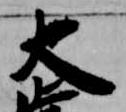
大